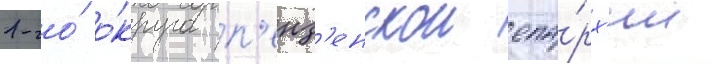
1-го́ о́круга п'енз'енскои епа́рх'ии